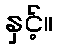
နှင့်။